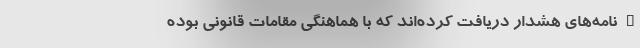
– نامه‌های هشدار دریافت کرده‌اند که با هماهنگی مقامات قانونی بوده